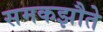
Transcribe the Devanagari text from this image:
समकझौते